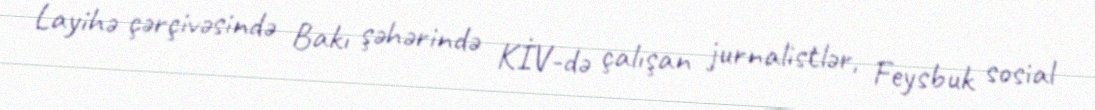
Layihə çərçivəsində Bakı şəhərində KİV-də çalışan jurnalistlər, Feysbuk sosial